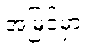
အမြင့်မှာ